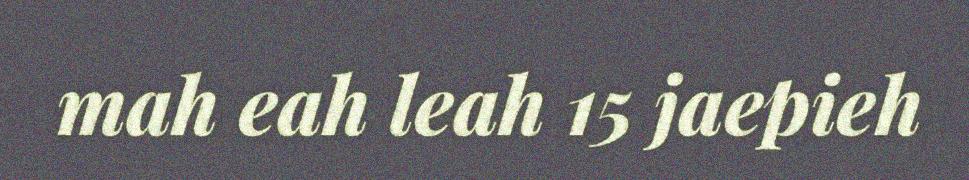
mah eah leah 15 jaepieh